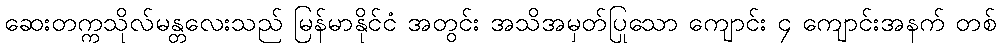
ဆေးတက္ကသိုလ်မန္တလေးသည် မြန်မာနိုင်ငံ အတွင်း အသိအမှတ်ပြုသော ကျောင်း ၄ ကျောင်းအနက် တစ်